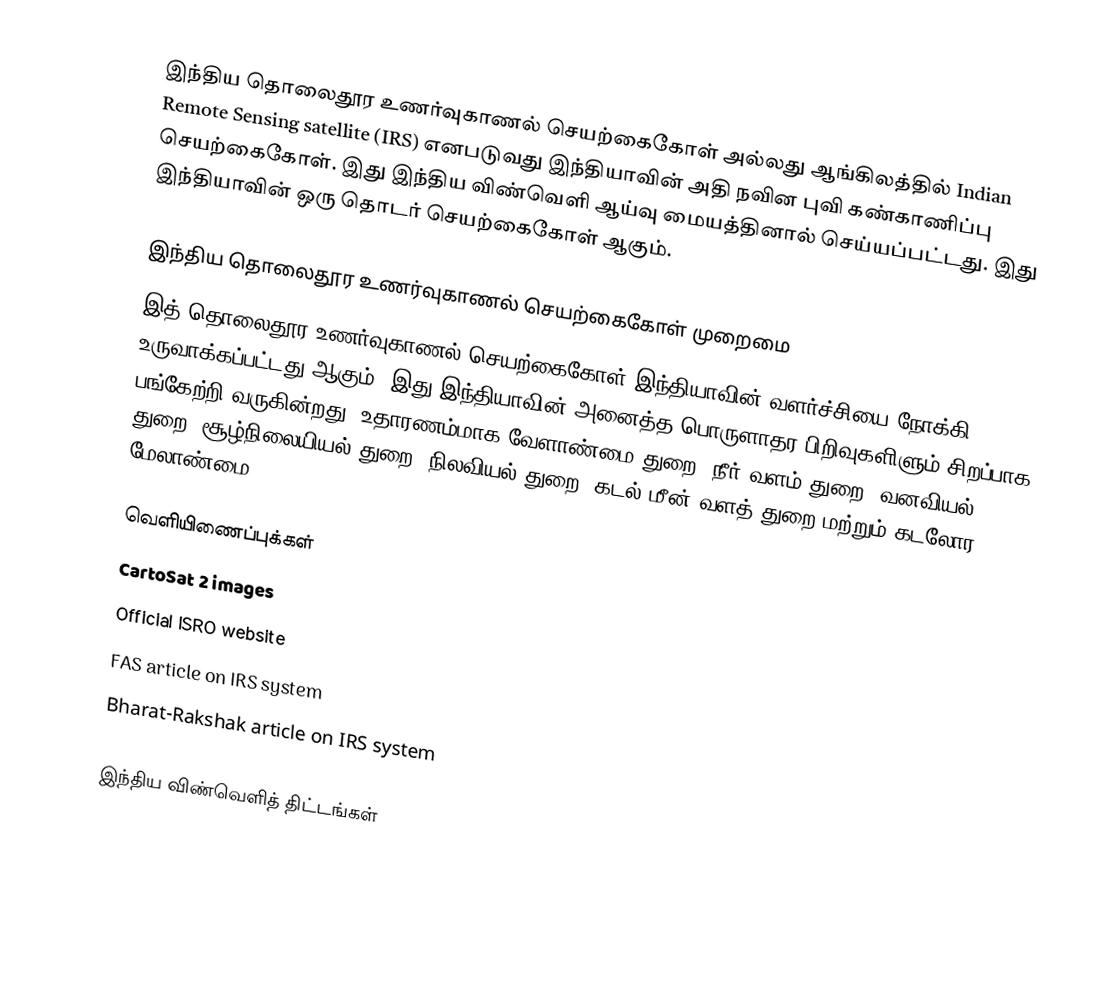
இந்திய தொலைதூர உணர்வுகாணல் செயற்கைகோள் அல்லது ஆங்கிலத்தில் Indian Remote Sensing satellite (IRS) எனபடுவது இந்தியாவின் அதி நவின புவி கண்காணிப்பு செயற்கைகோள். இது இந்திய விண்வெளி ஆய்வு மையத்தினால் செய்யப்பட்டது. இது இந்தியாவின் ஒரு தொடர் செயற்கைகோள் ஆகும்.

இந்திய தொலைதூர உணர்வுகாணல் செயற்கைகோள் முறைமை
இத் தொலைதூர உணர்வுகாணல் செயற்கைகோள் இந்தியாவின் வளர்ச்சியை நோக்கி உருவாக்கப்பட்டது ஆகும். இது இந்தியாவின் அனைத்த பொருளாதர பிறிவுகளிளும் சிறப்பாக பங்கேற்றி வருகின்றது. உதாரணம்மாக வேளாண்மை துறை, நீர் வளம் துறை, வனவியல் துறை, சூழ்நிலையியல் துறை, நிலவியல் துறை, கடல் மீன் வளத் துறை மற்றும் கடலோர மேலாண்மை.

வெளியிணைப்புக்கள்
 CartoSat 2 images
 Official ISRO website
 FAS article on IRS system
 Bharat-Rakshak article on IRS system

இந்திய விண்வெளித் திட்டங்கள்